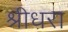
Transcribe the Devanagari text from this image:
श्रीधरा